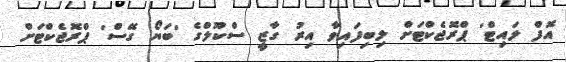
އޮފް ލައިޓް' ޕްރޮޖެކްޓަށް ލިބިފައިވާ އިރު ގާޒީ ސްކޫލްގެ 'ބަޔޯ ގޭސް' ޕްރޮޖެކްޓަށް